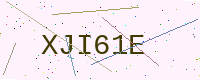
Text: XJI61E